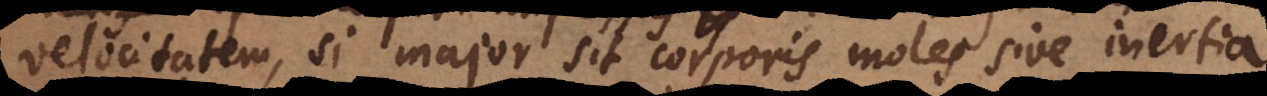
velocitatem, si major sit corporis moles sive inertia